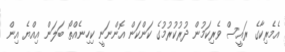
އެމެރިކާގެ ރައީސް ވެރިކަމުން ދުރުކުރުމުގެ ކަންކަން އޮންނަނީ ކިހިނެއްތޯ ބަލަން އިއްޔެ އިން